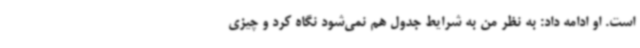
است. او ادامه داد: به نظر من به شرایط جدول هم نمی‌شود نگاه کرد و چیزی